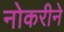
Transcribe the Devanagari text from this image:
नोकरीने